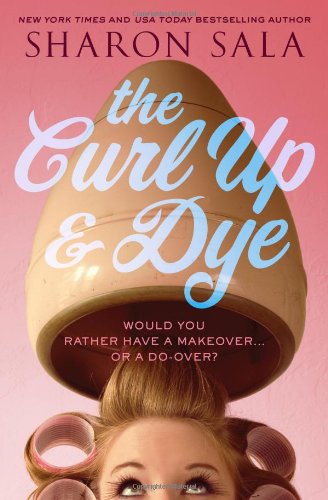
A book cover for The Curl Up and Dye; Sharon Sala; Literature & Fiction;